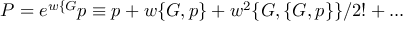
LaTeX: P = e ^ { w \{ G } p \equiv p + w \{ G , p \} + w ^ { 2 } \{ G , \{ G , p \} \} / 2 ! + . . .